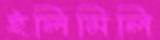
ইলিমিলি